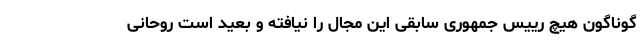
گوناگون هیچ رییس جمهوری سابقی این مجال را نیافته و بعید است روحانی